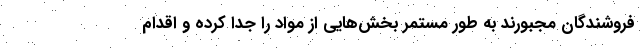
فروشندگان مجبورند به طور مستمر بخش‌هایی از مواد را جدا کرده و اقدام